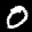
Label: 0